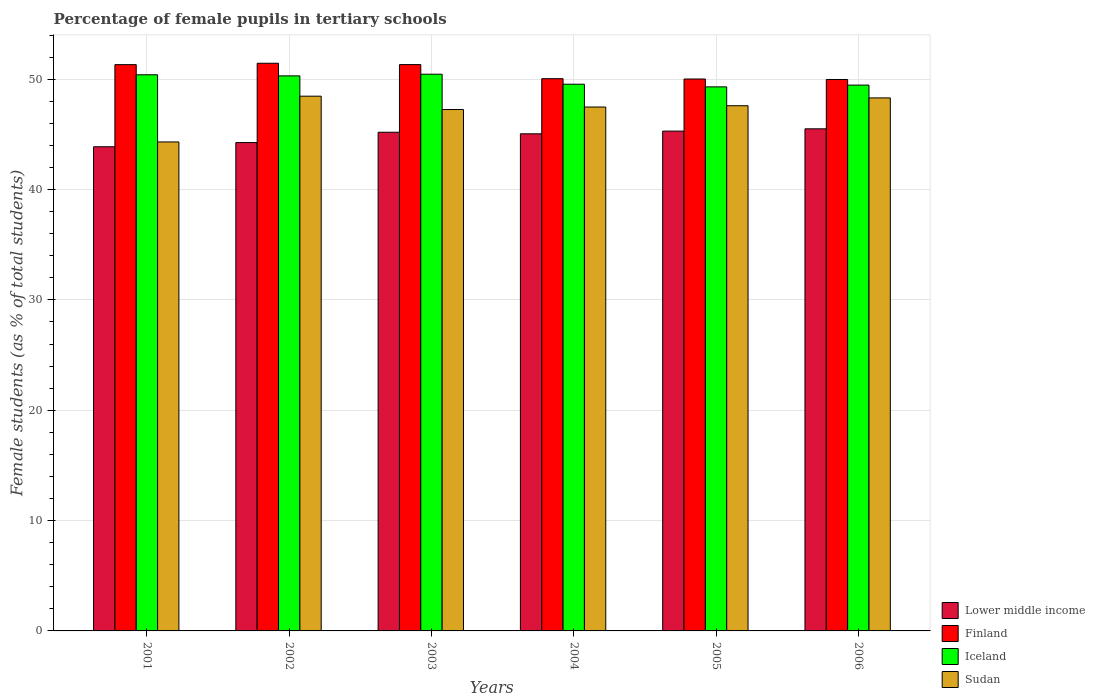
| Years | Lower middle income | Finland | Iceland | Sudan |
 | --- | --- | --- | --- | --- |
 | 2001 | 43.9 | 51.3 | 50.4 | 44.3 |
 | 2002 | 44.3 | 51.4 | 50.3 | 48.5 |
 | 2003 | 45.2 | 51.3 | 50.4 | 47.2 |
 | 2004 | 45 | 50 | 49.5 | 47.5 |
 | 2005 | 45.3 | 50 | 49.3 | 47.6 |
 | 2006 | 45.5 | 50 | 49.5 | 48.3 |